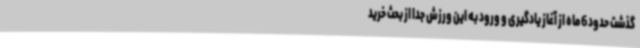
گذشت حدود 6 ماه از آغاز یادگیری و ورود به این ورزش جدا از بحث خرید